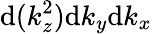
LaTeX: \mathrm{d}(k_{z}^{2})\mathrm{d}k_{y}\mathrm{d}k_{x}